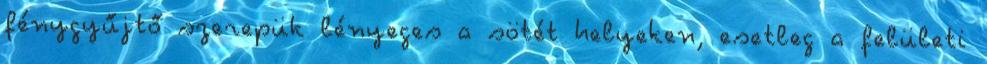
fénygyűjtő szerepük lényeges a sötét helyeken, esetleg a felületi